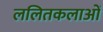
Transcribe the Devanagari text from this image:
ललितकलाओं